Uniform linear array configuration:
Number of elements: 8
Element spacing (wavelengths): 1
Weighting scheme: uniform
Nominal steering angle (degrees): -60
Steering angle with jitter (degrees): -59.64
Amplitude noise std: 0.05
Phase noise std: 0.05

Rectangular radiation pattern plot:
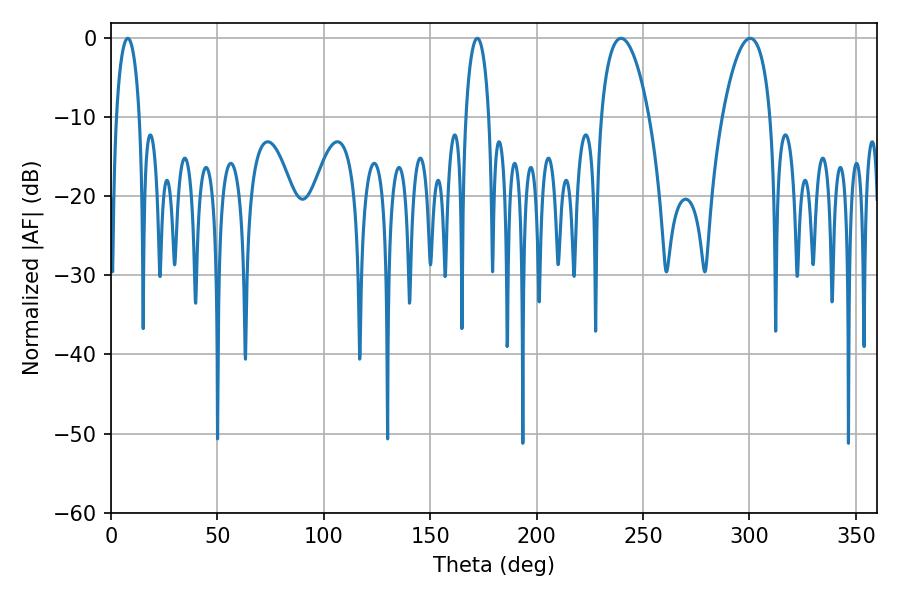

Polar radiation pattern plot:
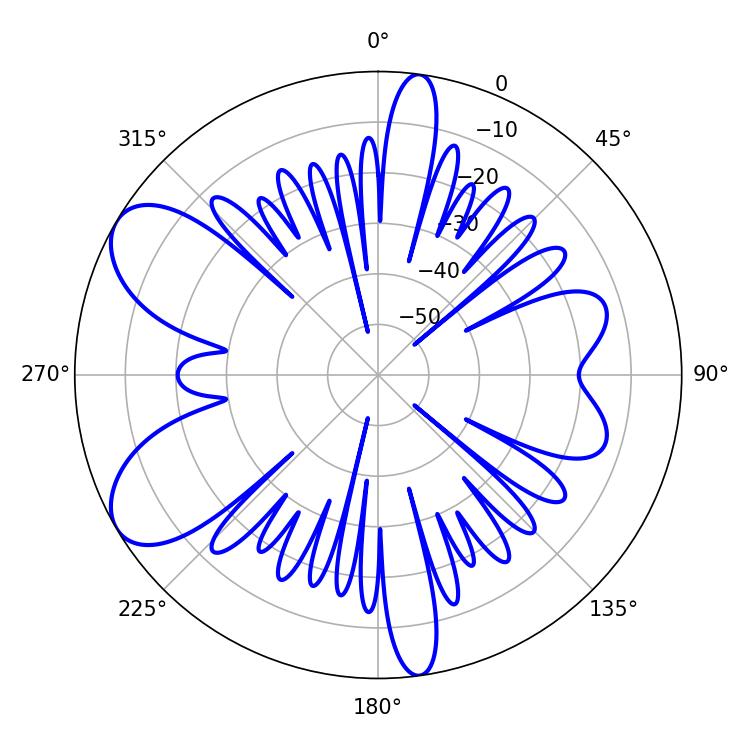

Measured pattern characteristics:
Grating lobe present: TRUE
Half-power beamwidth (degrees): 12.6
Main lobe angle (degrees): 239.58